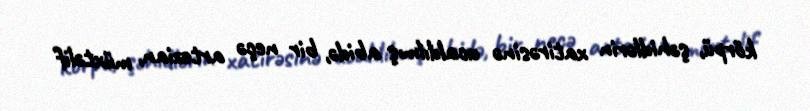
körpü, şəhidlərin xatirəsinə ucaldılmış abidə, bir neçə artezian, müxtəlif